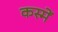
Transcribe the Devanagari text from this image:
कस्में